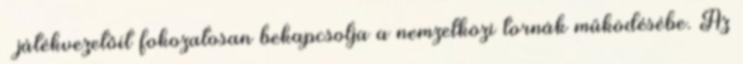
– játékvezetőit fokozatosan bekapcsolja a nemzetközi tornák működésébe. Az